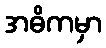
အဓိကမှာ